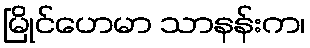
မြိုင်ဟေမာ သာနန်းက၊